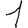
Digit: 1